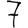
Digit: 7